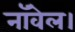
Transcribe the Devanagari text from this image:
नाॅवेल।